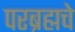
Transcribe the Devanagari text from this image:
परब्रह्मचे